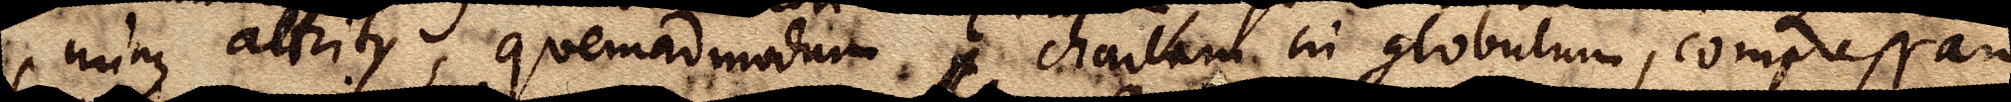
minus attritus, quemadmodum , chartam in globulum, compressam